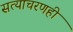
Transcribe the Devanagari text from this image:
सत्याचरणही